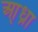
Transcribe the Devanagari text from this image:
आ्ध्रा